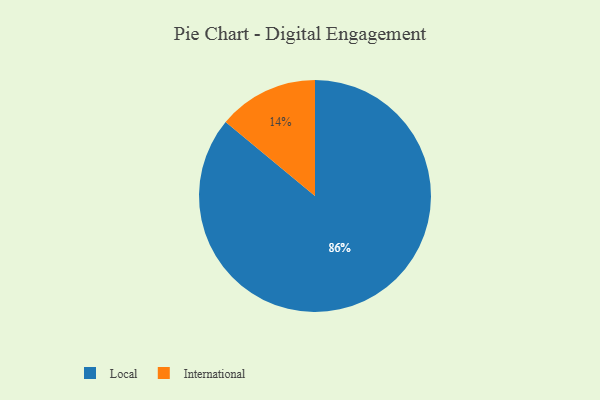
{"axis": {"x": "Category", "y": "Percentage"}, "legend": ["International", "Local"], "data": [{"x": "International", "y": 14, "type": "International"}, {"x": "Local", "y": 86, "type": "Local"}]}